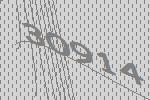
30914